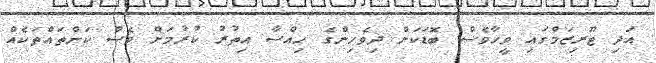
އަދި ޓޫރިޒަމްގައި ވީހާވެސް ބޮޑަކަށް ދިވެހިންގެ ހިއްސާ އިތުރު ކުރުމަށް ވެސް ކަންތައްތަކެއް